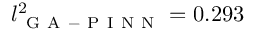
l _ { \mathrm { ~ G ~ A ~ - ~ P ~ I ~ N ~ N ~ } } ^ { 2 } = 0 . 2 9 3